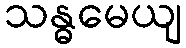
သန္ဓမေယျ